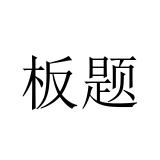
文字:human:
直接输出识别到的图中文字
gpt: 板题